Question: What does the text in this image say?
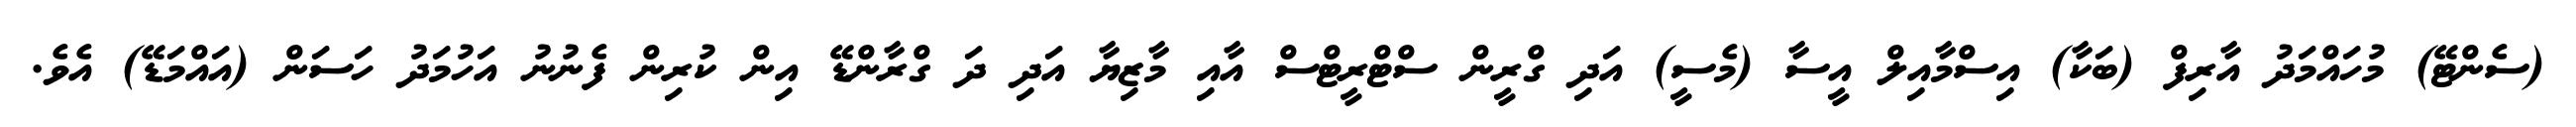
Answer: (ސެންޓޭ) މުހައްމަދު އާރިފް (ބަކާ) އިސްމާއިލް އީސާ (މެސީ) އަދި ގްރީން ސްޓްރީޓްސް އާއި މާޒިޔާ އަދި ދަ ގްރާންޑޭ އިން ކުރިން ފެނުނު އަހުމަދު ހަސަން (އައްމަޑޭ) އެވެ.